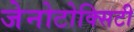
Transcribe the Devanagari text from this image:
जेनोटोक्सिटी